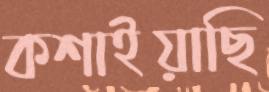
কশাইয়াছি